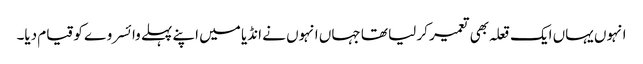
انہوں یہاں ایک قعلہ بھی تعمیر کر لیا تھا جہاں انہوں نے انڈیا میں اپنے پہلے وائسروے کو قیام دیا۔